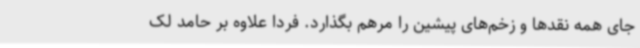
جای همه نقدها و زخم‌های پیشین را مرهم بگذارد. فردا علاوه بر حامد لک